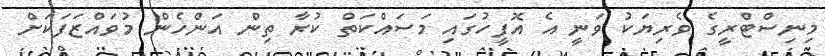
މިނިސްޓްރީގެ ވެރިޔަކު ވަނީ އެ އޮފީހުގައި މަސައްކަތް ކުރާ ތިން އަންހެން މުވައްޒަފަކަށް